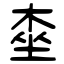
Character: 桽